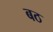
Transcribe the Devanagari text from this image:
बठ